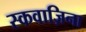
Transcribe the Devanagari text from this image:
स्कवाज़िना